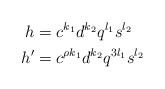
\begin{align*}h&= c^{k_1} d^{k_2} q^{l_1} s^{l_2} \\h'&= c^{\rho k_1} d^{k_2} q^{3 l_1} s^{l_2}\end{align*}